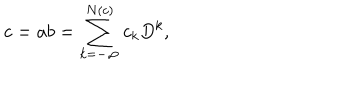
LaTeX: c = a b = \sum _ { k = - \infty } ^ { N ( c ) } c _ { k } D ^ { k } ,